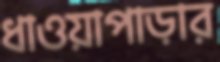
ধাওয়াপাড়ার